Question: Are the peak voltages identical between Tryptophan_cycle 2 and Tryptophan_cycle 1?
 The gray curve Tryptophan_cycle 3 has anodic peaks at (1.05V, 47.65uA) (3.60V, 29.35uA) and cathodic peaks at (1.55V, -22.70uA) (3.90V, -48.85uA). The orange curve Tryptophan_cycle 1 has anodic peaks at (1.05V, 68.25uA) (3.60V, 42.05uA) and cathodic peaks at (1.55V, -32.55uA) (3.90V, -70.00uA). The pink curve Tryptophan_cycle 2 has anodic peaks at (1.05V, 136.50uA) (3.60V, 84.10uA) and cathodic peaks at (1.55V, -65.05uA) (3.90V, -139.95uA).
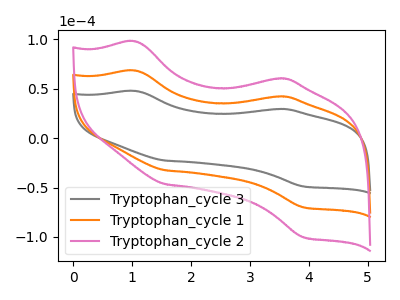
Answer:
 <answer>Yes, "Tryptophan_cycle 2" have a peak in "Tryptophan_cycle 1" at the same potential.</answer>
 <eval>match</eval>